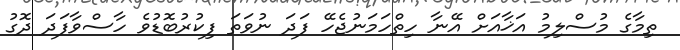
ތިމާގެ މުސްލިމު އަޚާއަށް އޭނާ ހިތްހަމަނުޖެހޭ ފަދަ ނުވަތަ ފިކުރުބޮޑުވެ ހާސްވާފަދަ ދޮގު